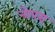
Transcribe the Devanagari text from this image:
नोपरा